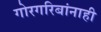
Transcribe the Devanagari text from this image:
गोरगरिबांनाही